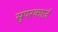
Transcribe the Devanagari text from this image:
सुपरकार्ज़